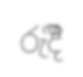
රුදිී